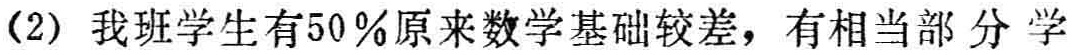
(2) 我班学生有50％原来数学基础较差，有相当部 分 学